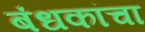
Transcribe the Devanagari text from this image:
बंधकांचा